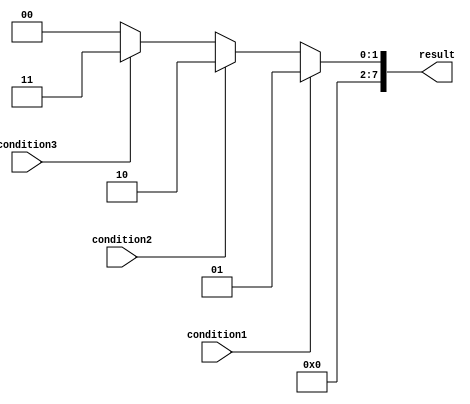
module if_else_ladder (
    input wire condition1,
    input wire condition2,
    input wire condition3,
    output reg[7:0] result
);

always @* begin
    if (condition1) begin
        // Block of code for condition1
        result = 8'b00000001;
    end
    else if (condition2) begin
        // Block of code for condition2
        result = 8'b00000010;
    end
    else if (condition3) begin
        // Block of code for condition3
        result = 8'b00000011;
    end
    else begin
        // Default block of code
        result = 8'b00000000;
    end
end

endmodule